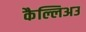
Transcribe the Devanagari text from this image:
कैल्लिअउ